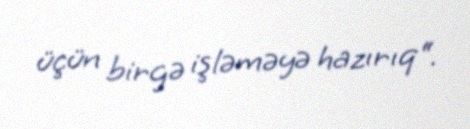
üçün birgə işləməyə hazırıq“.